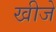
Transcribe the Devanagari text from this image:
खीजे